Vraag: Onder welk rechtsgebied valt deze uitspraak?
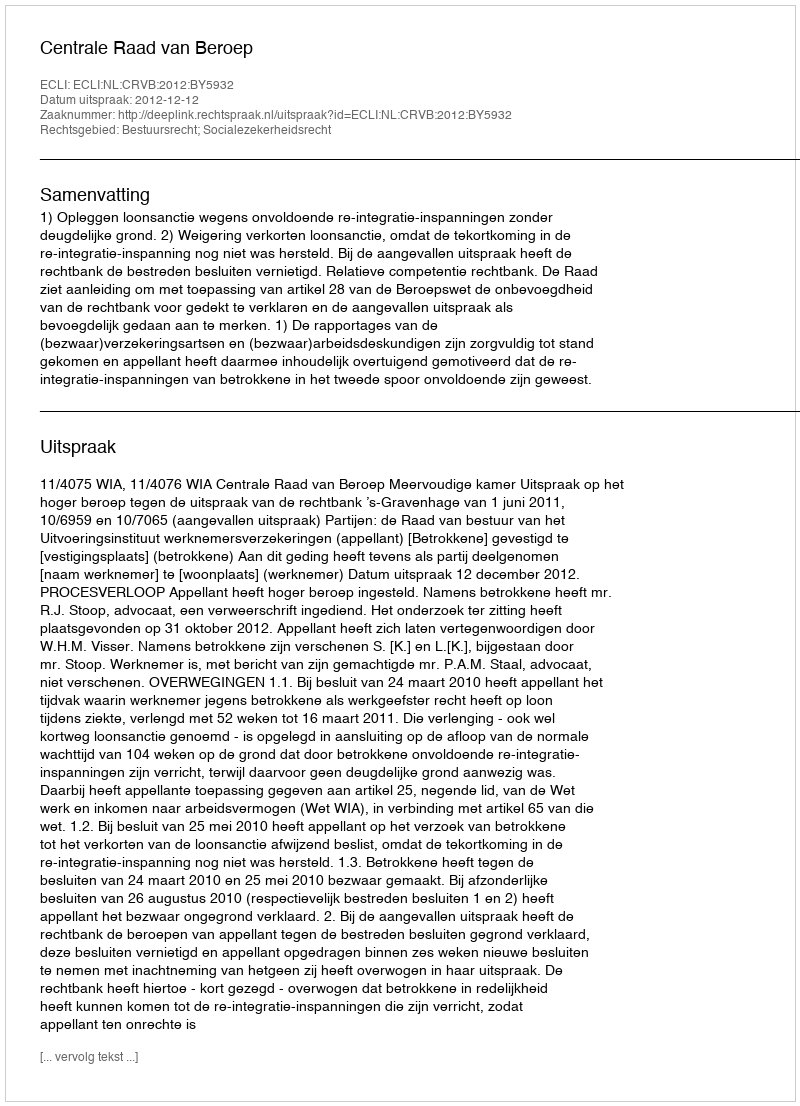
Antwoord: Bestuursrecht; Socialezekerheidsrecht